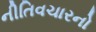
નીતિવચારનો